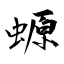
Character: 螈